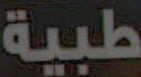
طبية